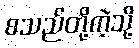
စသည်တို့ကဲ့သို့